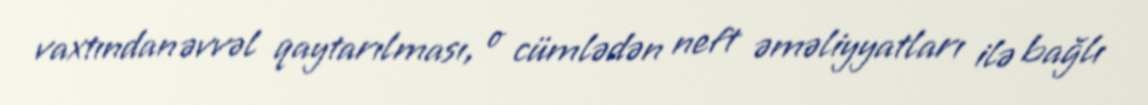
vaxtından əvvəl qaytarılması, o cümlədən neft əməliyyatları ilə bağlı